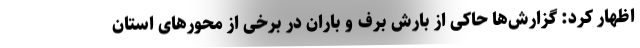
اظهار کرد: گزارش‌ها حاکی از بارش برف و باران در برخی از محورهای استان